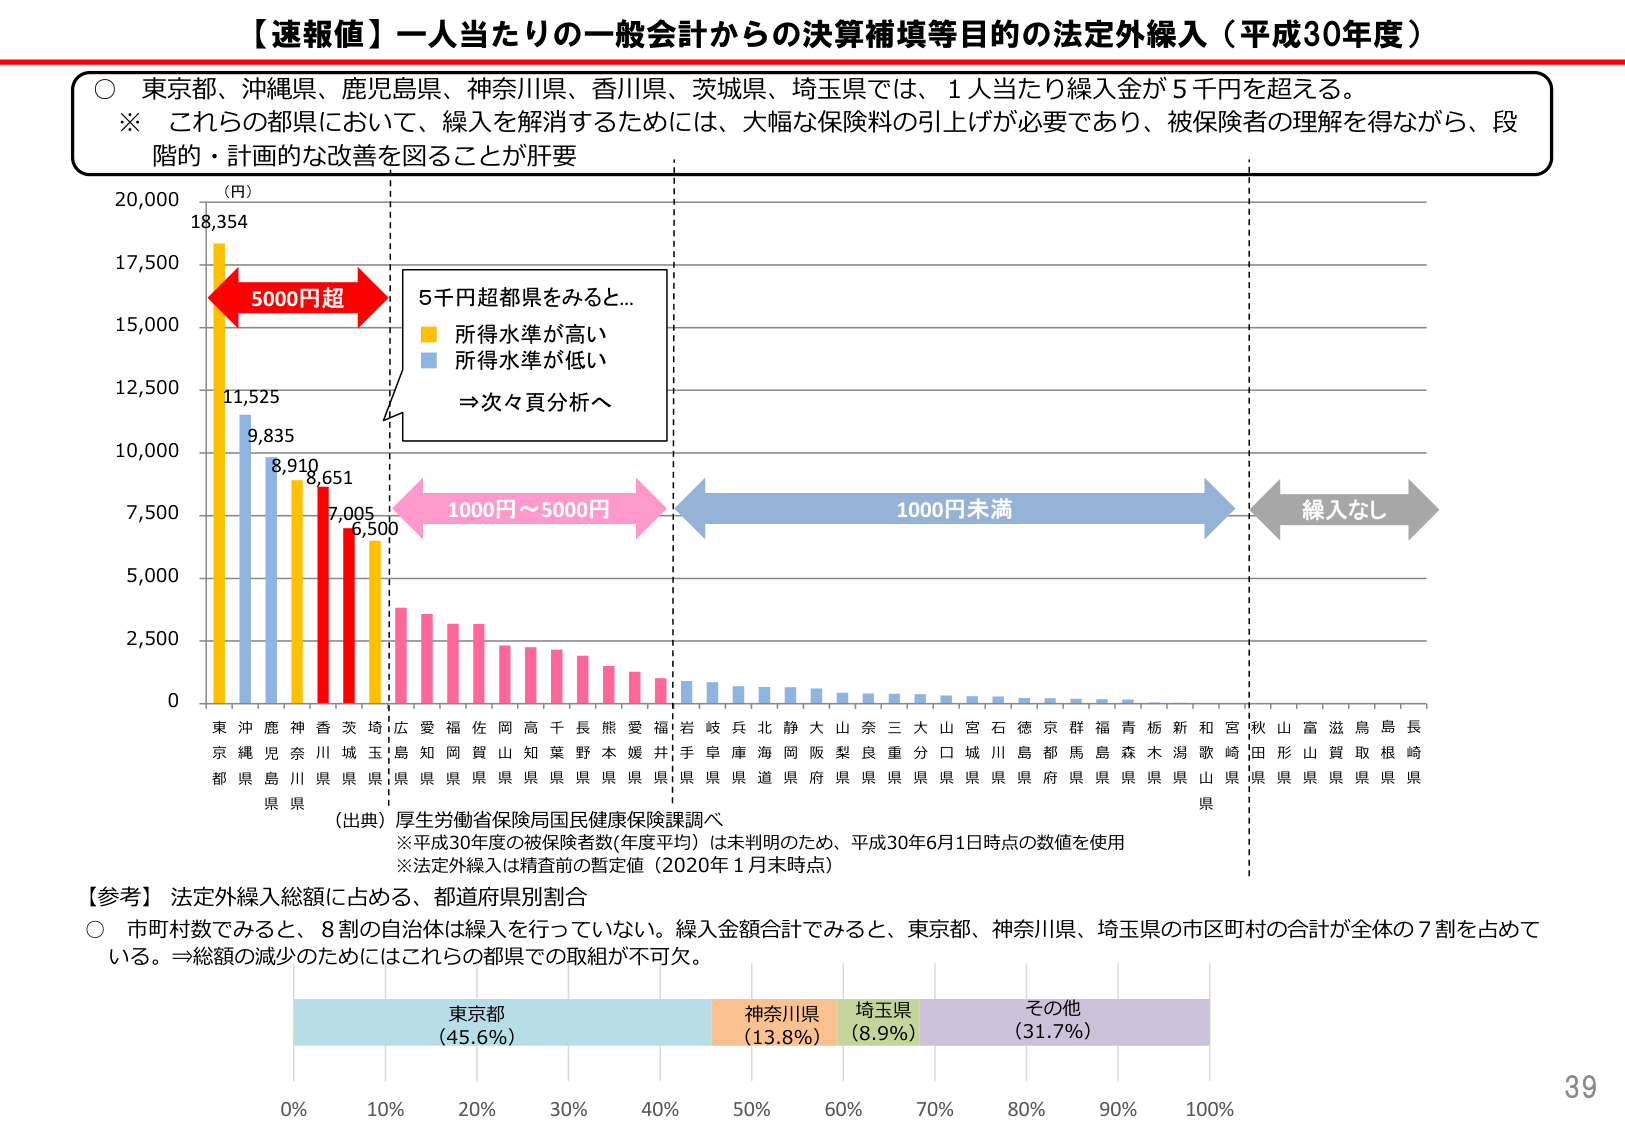
【速報値】一人当たりの一般会計からの決算補填等目的の法定外繰入（平成30年度）

○ 東京都、沖縄県、鹿児島県、神奈川県、香川県、茨城県、埼玉県では、1人当たり繰入金が5千円を超える。
※ これらの都県において、繰入を解消するためには、大幅な保険料の引上げが必要であり、被保険者の理解を得ながら、段階的・計画的な改善を図ることが肝要

（円）
20,000
18,354
17,500
15,000
12,500
10,000
7,500
5,000
2,500
0

5000円超
5千円超都県をみると…
■ 所得水準が高い
■ 所得水準が低い
⇒次々頁分析へ

11,525
9,835
8,910
8,651
7,005
6,500

1000円～5000円
1000円未満
繰入なし

東京
都
沖縄
県
鹿児
島
県
神奈
川
県
香川
県
茨城
県
埼玉
県
広島
県
愛知
県
福岡
県
佐賀
県
岡山
県
高知
県
千葉
県
長野
県
熊本
県
愛媛
県
福井
県
岩手
県
岐阜
県
兵庫
県
北海
道
静岡
県
大阪
府
山梨
県
奈良
県
三重
県
大分
県
山口
県
宮城
県
石川
県
徳島
県
京都
府
群馬
県
福島
県
青森
県
栃木
県
新潟
県
和歌
山
県
宮崎
県
秋田
県
山形
県
富山
県
滋賀
県
鳥取
県
島根
県
長崎
県

（出典）厚生労働省保険局国民健康保険課調べ
※平成30年度の被保険者数（年度平均）は未判明のため、平成30年6月1日時点の数値を使用
※法定外繰入は精査前の暫定値（2020年1月末時点）

【参考】法定外繰入総額に占める、都道府県別割合
○ 市町村数でみると、8割の自治体は繰入を行っていない。繰入金額合計でみると、東京都、神奈川県、埼玉県の市区町村の合計が全体の7割を占めている。⇒総額の減少のためにはこれらの都県での取組が不可欠。

東京都
（45.6%）
神奈川県
（13.8%）
埼玉県
（8.9%）
その他
（31.7%）

0% 10% 20% 30% 40% 50% 60% 70% 80% 90% 100%

39